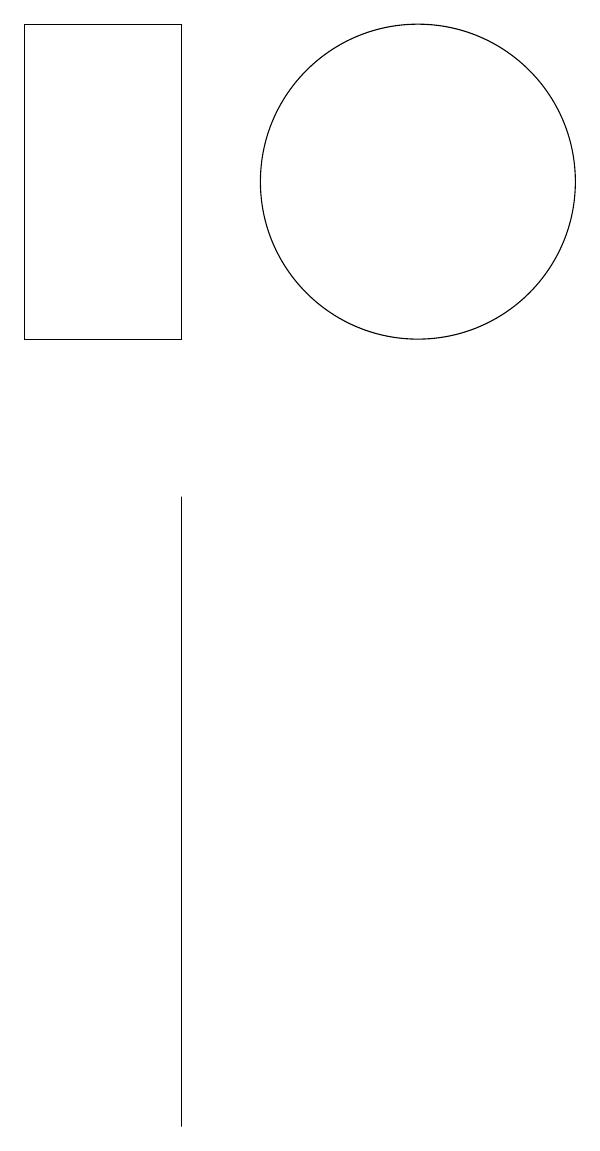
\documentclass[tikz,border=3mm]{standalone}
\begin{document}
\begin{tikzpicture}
\draw (8,10) rectangle (6,14);
\draw (8,0) -- (8,8) -- (8,5) -- cycle;
\draw (11,12) circle (2);
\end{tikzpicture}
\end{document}